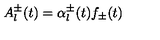
A _ { l } ^ { \pm } ( t ) = \alpha _ { l } ^ { \pm } ( t ) f _ { \pm } ( t ) \nonumber